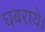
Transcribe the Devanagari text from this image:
घबराये।